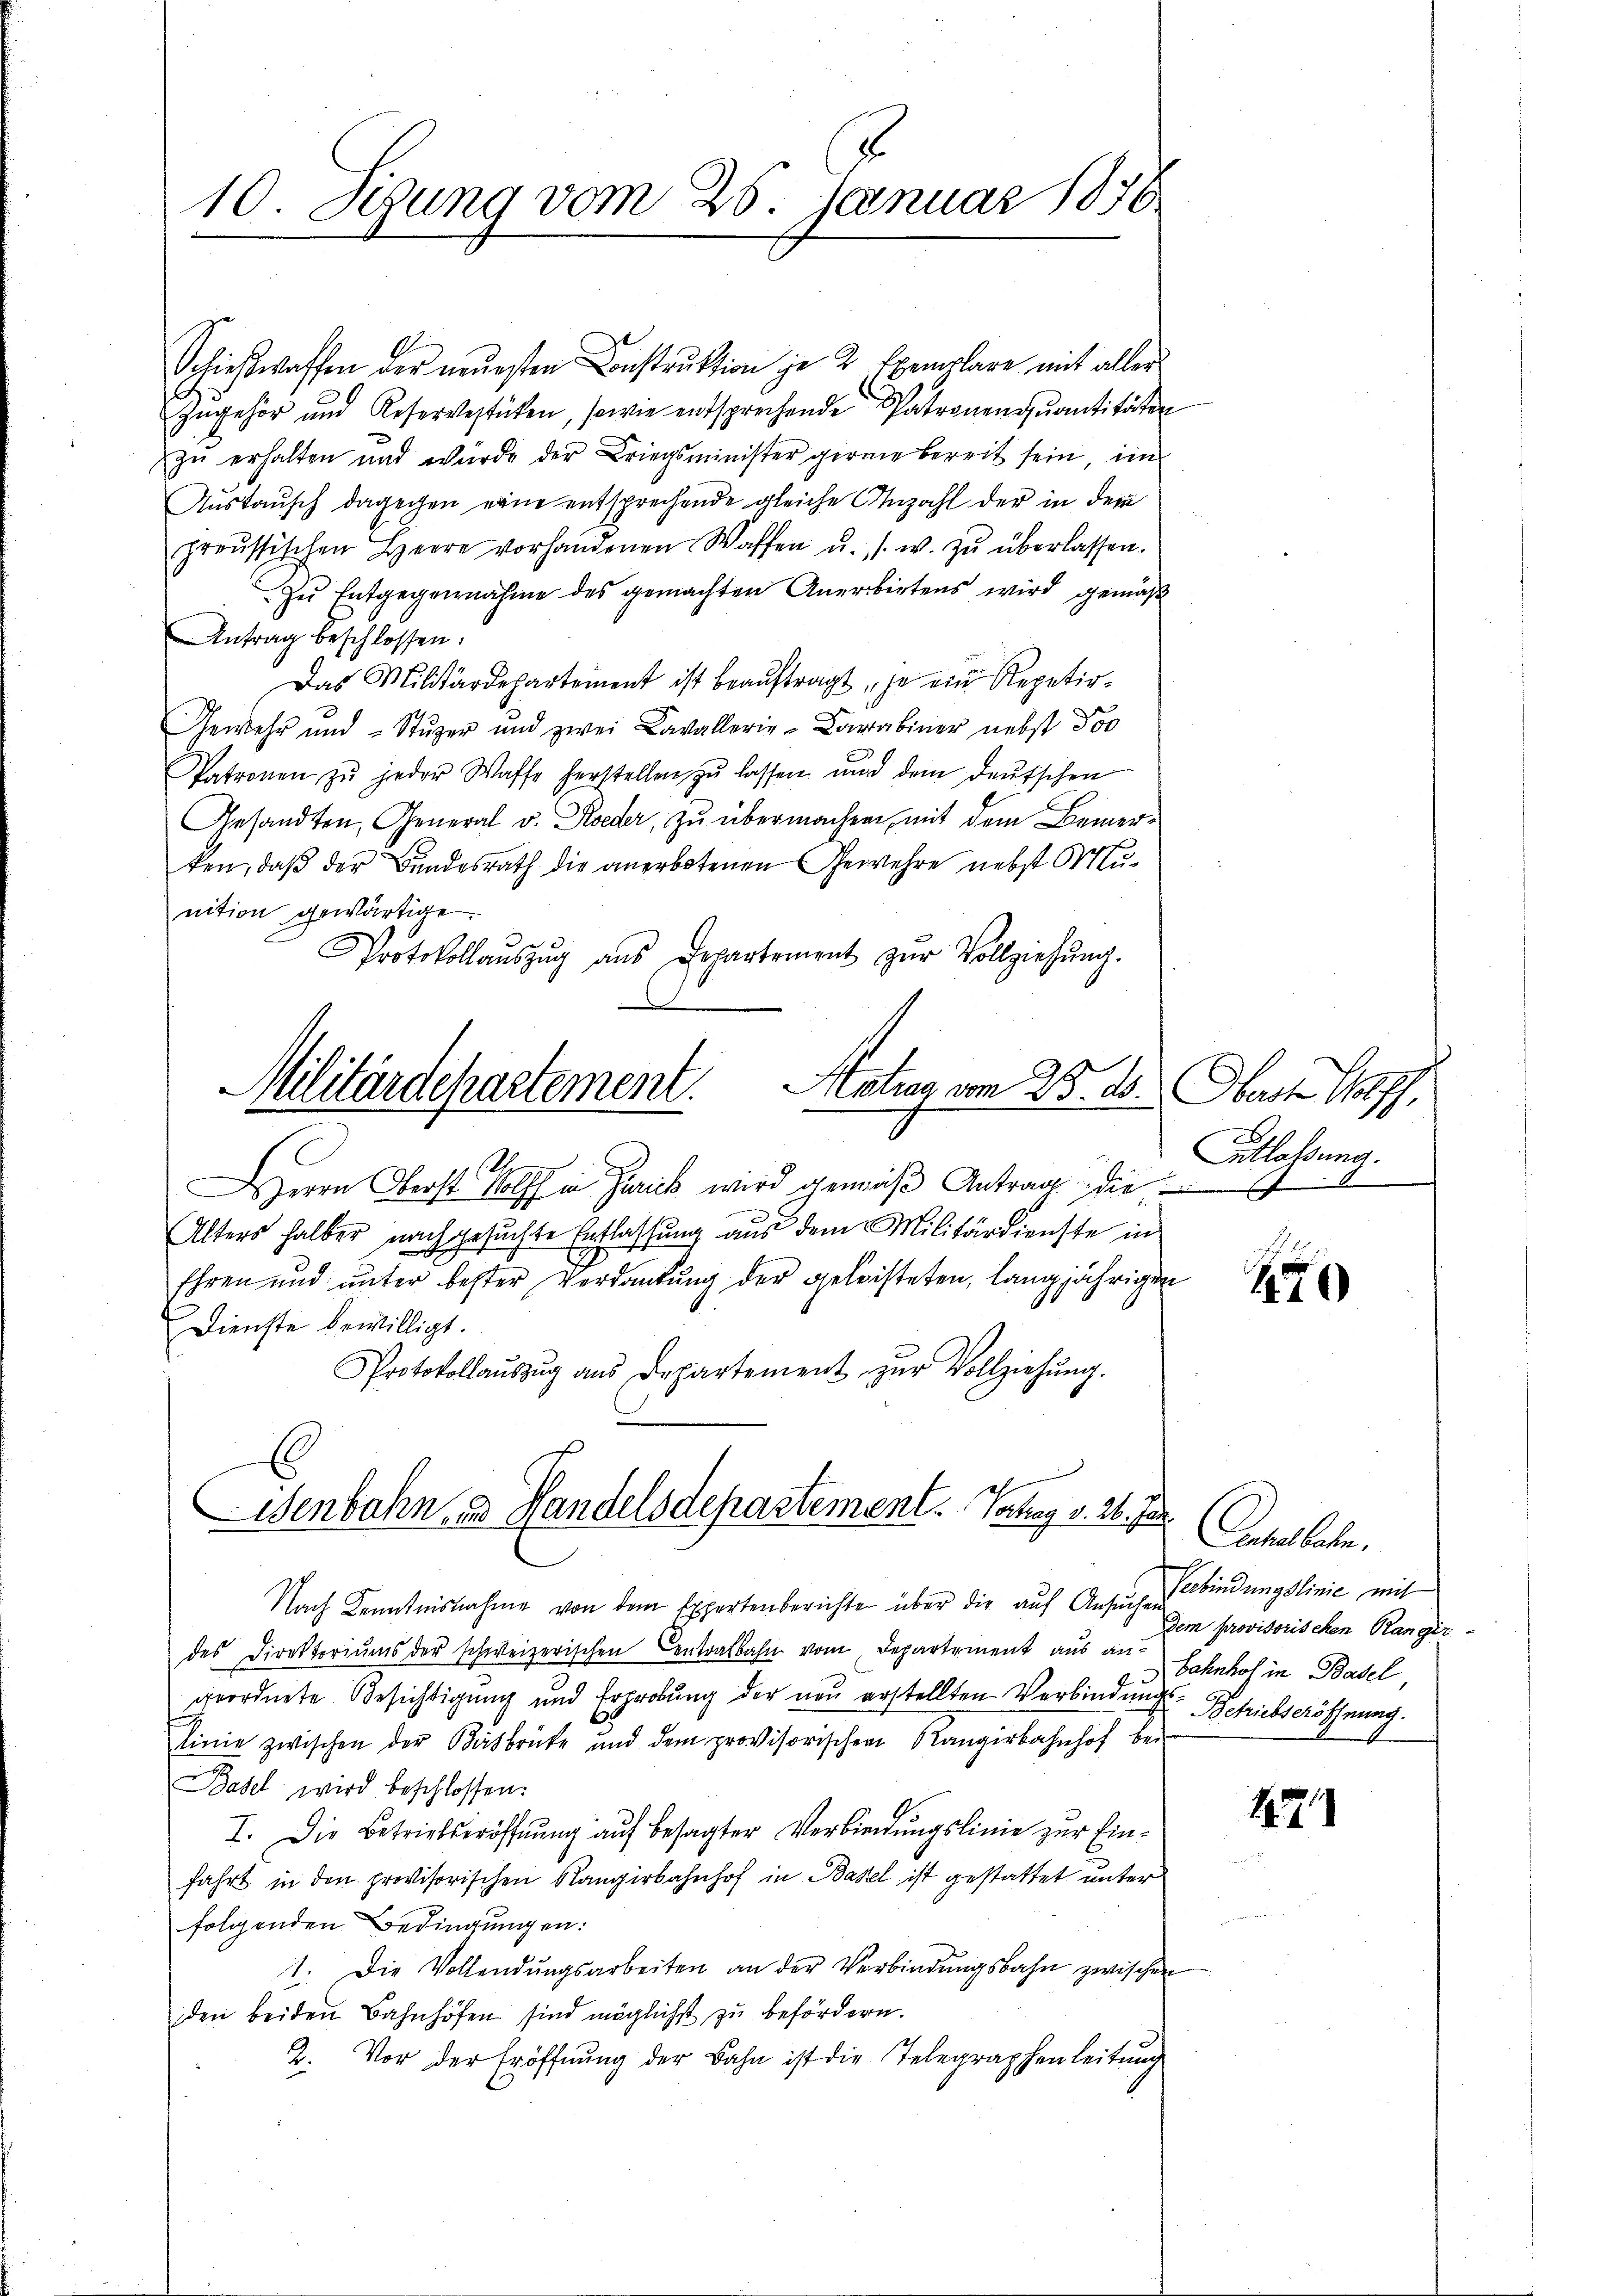
10. Sizung vom 25. Januar 1876

Schießwaffen der neuesten Construktion je 2 Exemplare mit aller
Zugehör und Reserverstüken, sowie entsprechende Patronenquantitäten
zŭ erhalten und würde der Kriegsminister geran bereit sein, ei
Austausch dagegen eine entsprechende gleiche Anzahl der in dem
preussischen Herre vorhandenen Waffen u. s. w. zŭ überlassen.
Zu Entgegennahme des gemachten Anerbirtens wird gemäß
Antrag beschlossen:
Das Militärdepartement ist beaŭftragt, je ein Repetir-
Gewehr und - Stŭzer und zwei Cavallerie-Carabiner nebst Pos
Patronen zŭ jeder Waffe herstellen zŭ lassen und dem deŭtschen
Gesandten, General v. Roeder, zu übermachen, mit dem Bemerken, daß der Bundesrath die anerbotenen Gewehre nebst Munition gewärtige
Protokollaŭszŭg ans Departement zŭr Vollziehŭng.

Militärdepartement. Antrag vom 25. ds. Obern Pf

senbahn zu Handelsdepartement. Vortrag v. 26. Jan.

Herrn Oberst Wolff in Zurick wird gemäß Antrag die
Alters halber nachgesuchte Entlassung aus dem Militärdienste in
Ehren und unter bester Verdankung der geleisteten, langjährigen
Dienste bewilligt.
Protokollaŭszŭg aŭs Departement zŭr Vollziehŭng.

Nach Kenntnisnahme von dem Expertenberichte über die aŭf Ansich bindungslinić mit
des Direktoriŭms der schweizerischen Centralbahn vom Departement aus an Bahnhof in Basel,
geordnete Besichtigung und Erprobung der neu erstellten Verbindung Betriebseröffnung.
linie zwischen der Basbrüte und dem provisorischen angerbahnhof bei-
Basel wird beschlossen:
I. Die Betriebseröffnung auf besagter Verbindungslinie zur Einfahrt in den provisorischen Rangirbahnhof in Basel ist gestattet unter
folgenden Bedingungen:
1. Die Vollendŭngsarbeiten an der Verbindungsbahn zwischen
den beiden Bahnhöfen sind möglichst zu befördern.
2. Vor der Eröffnŭng der Bahn ist die Telegraphenleitŭng

Entlassung.

270

Dechallate.
dem provisorischen Rangir-

157